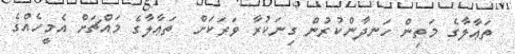
ތަޢާލާގެ މަތިން ހަނދާންކުރުން ގިނަކުރާ ވަރަކަށް  ތަޢާލާގެ މައްޗަށް އެމީހެއްގެ